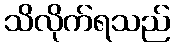
သိလိုက်ရသည်